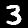
Digit: 3